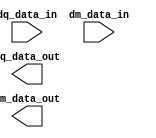
// (C) 2001-2016 Altera Corporation. All rights reserved.
// Your use of Altera Corporation's design tools, logic functions and other 
// software and tools, and its AMPP partner logic functions, and any output 
// files any of the foregoing (including device programming or simulation 
// files), and any associated documentation or information are expressly subject 
// to the terms and conditions of the Altera Program License Subscription 
// Agreement, Altera MegaCore Function License Agreement, or other applicable 
// license agreement, including, without limitation, that your use is for the 
// sole purpose of programming logic devices manufactured by Altera and sold by 
// Altera or its authorized distributors.  Please refer to the applicable 
// agreement for further details.


`timescale 1 ps / 1 ps

module rw_manager_data_broadcast(
	dq_data_in,
	dm_data_in,
	dq_data_out,
	dm_data_out
);

	parameter NUMBER_OF_DQS_GROUPS 	= "";
	parameter NUMBER_OF_DQ_PER_DQS 	= "";
	parameter AFI_RATIO 		= "";
	parameter MEM_DM_WIDTH		= "";

	localparam NUMBER_OF_DQ_BITS = NUMBER_OF_DQS_GROUPS * NUMBER_OF_DQ_PER_DQS;
	localparam NUMBER_OF_WORDS = 2 * AFI_RATIO;

	input [NUMBER_OF_DQ_PER_DQS * NUMBER_OF_WORDS - 1 : 0] dq_data_in;
	input [NUMBER_OF_WORDS - 1 : 0] dm_data_in;
	output [NUMBER_OF_DQ_BITS * NUMBER_OF_WORDS - 1 : 0] dq_data_out;
	output [MEM_DM_WIDTH * 2 * AFI_RATIO - 1 : 0] dm_data_out;

	genvar gr, wr, dmbit;
	generate
		for(wr = 0; wr < NUMBER_OF_WORDS; wr = wr + 1)
		begin : word
			for(gr = 0; gr < NUMBER_OF_DQS_GROUPS; gr = gr + 1)
			begin : group
				assign dq_data_out[wr * NUMBER_OF_DQ_BITS + (gr + 1) * NUMBER_OF_DQ_PER_DQS - 1 : wr * NUMBER_OF_DQ_BITS + gr * NUMBER_OF_DQ_PER_DQS] = 
					dq_data_in[(wr + 1) * NUMBER_OF_DQ_PER_DQS - 1 : wr * NUMBER_OF_DQ_PER_DQS];
			end

			for(dmbit = 0; dmbit < MEM_DM_WIDTH; dmbit = dmbit + 1)
			begin : data_mask_bit
				assign dm_data_out[wr * MEM_DM_WIDTH + dmbit] = dm_data_in[wr];
			end
		end
	endgenerate
	
`ifdef ADD_UNIPHY_SIM_SVA
	assert property (@dm_data_in NUMBER_OF_DQS_GROUPS == MEM_DM_WIDTH) else
	    $error("%t, [DATA BROADCAST ASSERT] NUMBER_OF_DQS_GROUPS and MEM_DM_WIDTH mismatch, NUMBER_OF_DQS_GROUPS = %d, MEM_DM_WIDTH = %d", $time, NUMBER_OF_DQS_GROUPS, MEM_DM_WIDTH);
`endif

endmodule